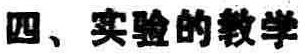
四、实验的教学